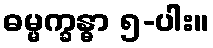
ဓမ္မက္ခန္ဓာ ၅-ပါး။